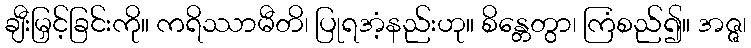
ချီးမြှင့်ခြင်းကို။ ကရိဿာမီတိ၊ ပြုရအံ့နည်းဟု။ စိန္တေတွာ၊ ကြံစည်၍။ အဇ္ဇ၊